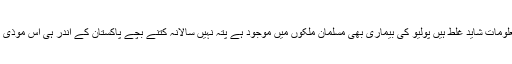
دوسری بات یہ کہ آپ کی معلومات شاید غلط ہیں پولیو کی بیماری بھی مسلمان ملکوں میں موجود ہے پتہ نہیں سالانہ کتنے بچے پاکستان کے اندر ہی اس موذی مرض کا شکار ہو جاتے ہیں۔